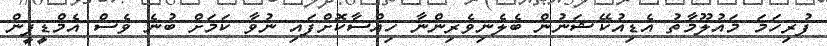
ފުރިހަމަ މައުލޫމާތު އެޑިއުކޭޝަނުން ބެލެނިވެރިންނާ ހިއްސާކޮށްފައި ނުވާ ކަމަށް ބުނެ ވެސް އެމްޑީޕީން